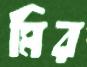
মির